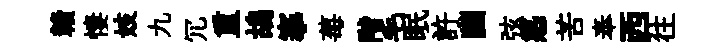
贛悽妓九冗重鴣搴莓階毛眠許幽弦惑苦奉西往